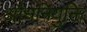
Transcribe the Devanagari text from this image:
औधनियुक्ति